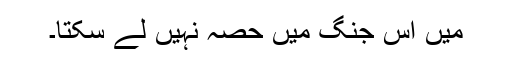
میں اس جنگ میں حصّہ نہیں لے سکتا۔